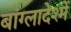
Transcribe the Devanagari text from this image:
बांग्लादेश्में